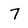
Character: 7